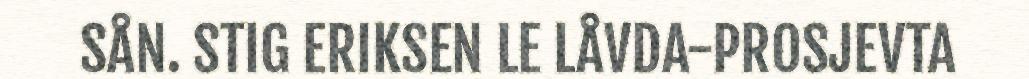
SÅN. STIG ERIKSEN LE LÅVDA-PROSJEVTA